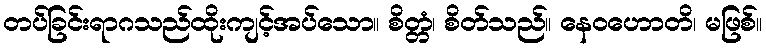
တပ်ခြင်းရာဂသည်ထိုးကျင့်အပ်သော။ စိတ္တံ၊ စိတ်သည်။ နေဝဟောတိ၊ မဖြစ်။